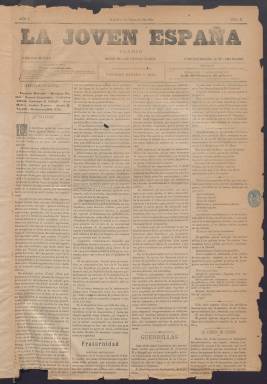
Título: La Joven España
Colección: Periódicos
Ámbito geográfico: Madrid
Lugar de publicación: Madrid
Fechas: 01/12/1887-26/01/1888